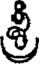
శ్రీ